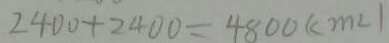
2 4 0 0 + 2 4 0 0 = 4 8 0 0 ( c m ^ { 2 } )